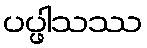
ပပ္ဖါသဿ